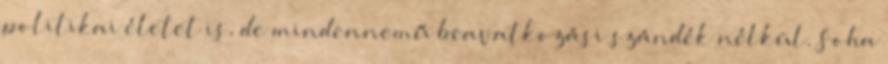
politikai életet is, de mindennemű beavatkozási szándék nélkül. Soha